Scottish Leaving Certificate Examination, 1956
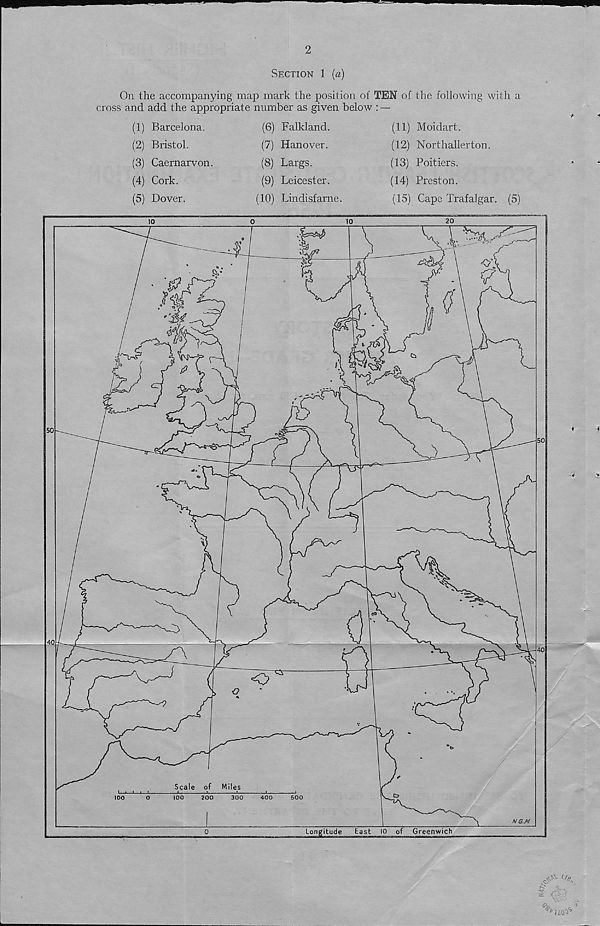
2
Section 1 {a)
On the accompanying map mark the position of TEN of the following with a
cross and add the appropriate number as given below : —
(1) Barcelona.
(2) Bristol.
(3) Caernarvon.
(4) Cork.
(5) Dover.
(6) Falkland.
(7) Hanover.
(8) Largs.
(9) Leicester.
(10) Lindisfarne.
(11) Moidart.
(12) Northallerton.
(13) Poitiers.
(14) Preston.
(15) Cape Trafalgar. (5)
.jn. i,